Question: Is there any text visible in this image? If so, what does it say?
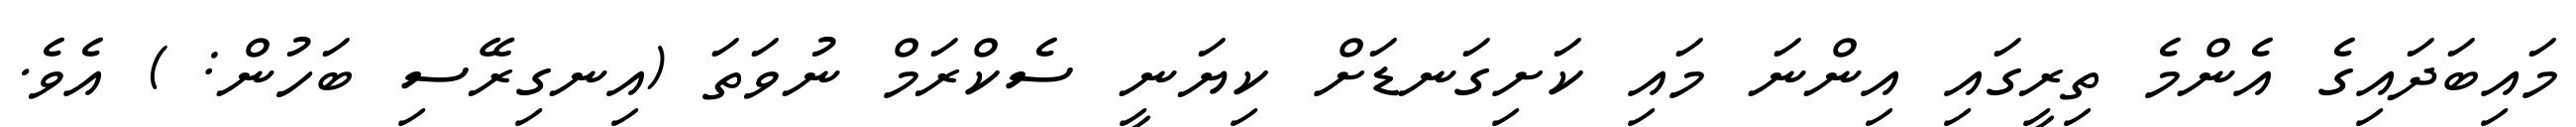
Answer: މައިބަދައިގެ އެންމެ ތިރީގައި އިންނަ މައި ކަށިގަނޑަށް ކިޔަނީ ސެކްރަމް ނުވަތަ (އިނގިރޭސި ބަހުން: ) އެވެ.